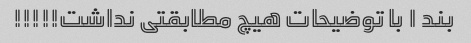
بند ۱ با توضیحات هیچ مطابقتی نداشت!!!!!